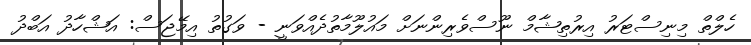
ހެލްތް މިނިސްޓަރު އިރުތިޝާމް ނޫސްވެރިންނަށް މައުލޫމާތުދެއްވަނީ - ވަގުތު އިމޭޖަސް: އަޝްހާދު އަބްދު